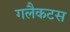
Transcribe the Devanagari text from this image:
गलैकटस